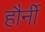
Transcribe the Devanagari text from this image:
हौर्नी